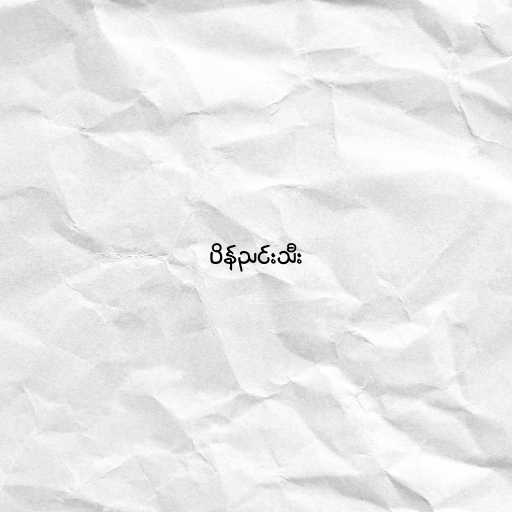
ပိန်ညင်းသီး